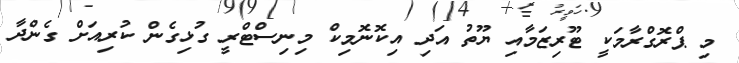
މި ޕްރޮގްރާމަކީ ޓޫރިޒަމާއި ޔޫތު އަދި އިކޮނޮމިކް މިނިސްޓްރީ ގުޅިގެން ކުރިއަށް ގެންދާ